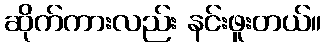
ဆိုက်ကားလည်း နင်းဖူးတယ်။